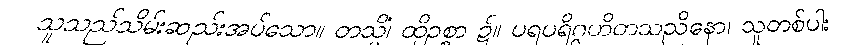
သူသည်သိမ်းဆည်းအပ်သော။ တသ္မိံ၊ ထိုဥစ္စာ ၌။ ပရပရိဂ္ဂဟိတသညိနော၊ သူတစ်ပါး